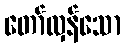
တော်လှန်သော